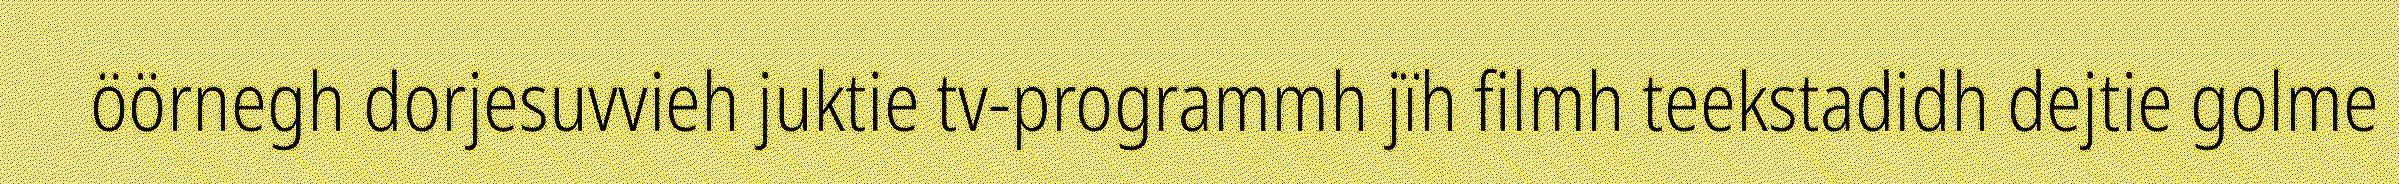
öörnegh dorjesuvvieh juktie tv-programmh jïh filmh teekstadidh dejtie golme